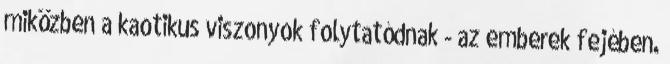
miközben a kaotikus viszonyok folytatódnak - az emberek fejében.